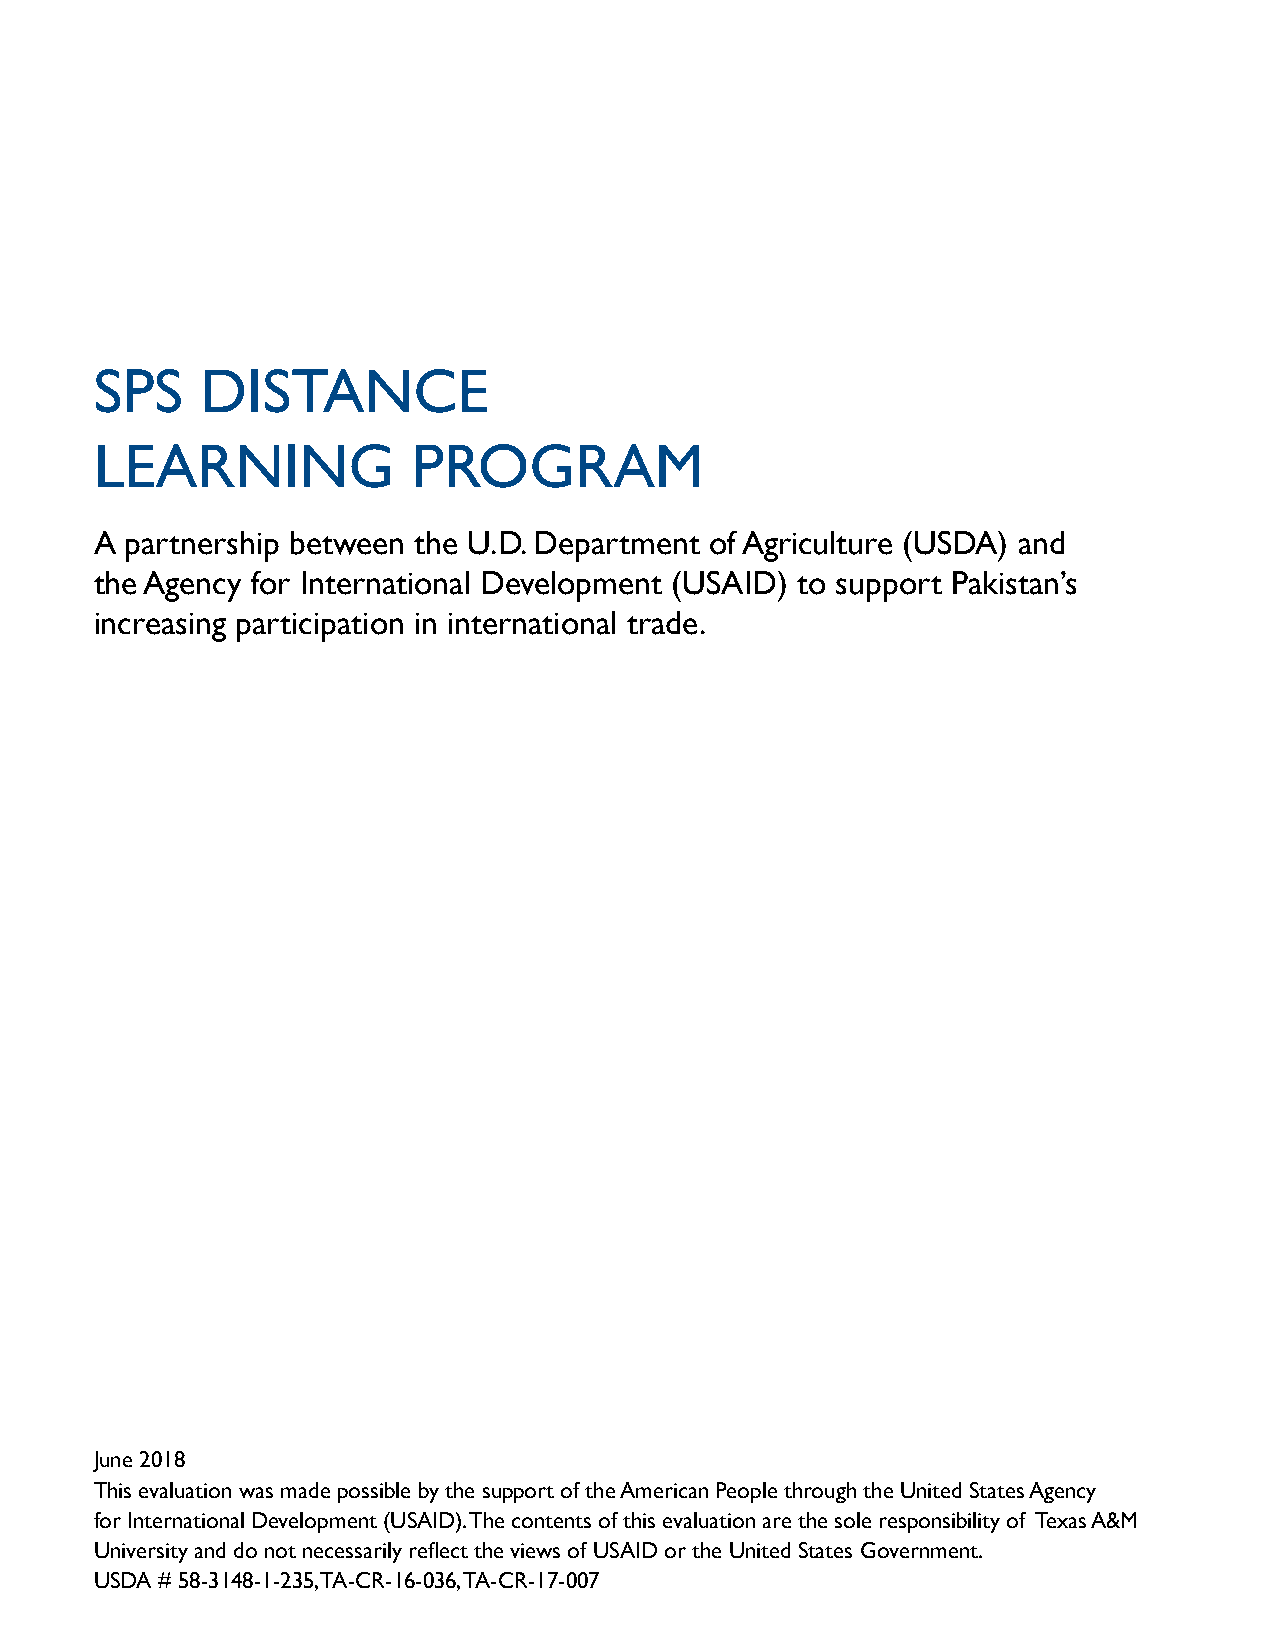
SPS    DISTANCE
 LEARNING             PROGRAM
 A partnership between the U.D. Department of Agriculture (USDA) and
 the Agency for International Development (USAID) to support Pakistan’s
 increasing participation in international trade.
 June 2018
 This evaluation was made possible by the support of the American People through the United States Agency
 for International Development (USAID). The contents of this evaluation are the sole responsibility of Texas A&M
 University and do not necessarily reflect the views of USAID or the United States Government.
 USDA # 58-3148-1-235, TA-CR-16-036, TA-CR-17-007